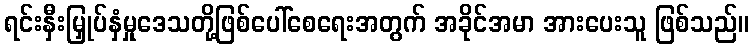
ရင်းနှီးမြှုပ်နှံမှုဒေသတို့ဖြစ်ပေါ်စေရေးအတွက် အခိုင်အမာ အားပေးသူ ဖြစ်သည်။